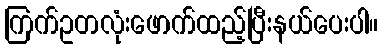
ကြက်ဥတလုံးဖောက်ထည့်ပြီးနယ်ပေးပါ။